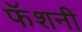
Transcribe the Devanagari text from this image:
फॅशनी